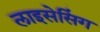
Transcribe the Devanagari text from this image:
लाइसेसिंग